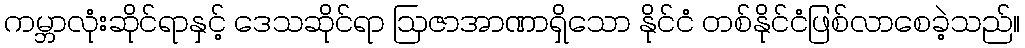
ကမ္ဘာလုံးဆိုင်ရာနှင့် ဒေသဆိုင်ရာ ဩဇာအာဏာရှိသော နိုင်ငံ တစ်နိုင်ငံဖြစ်လာစေခဲ့သည်။